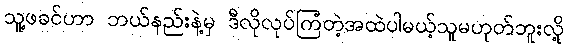
သူ့ဖခင်ဟာ ဘယ်နည်းနဲ့မှ ဒီလိုလုပ်ကြံတဲ့အထဲပါမယ့်သူမဟုတ်ဘူးလို့